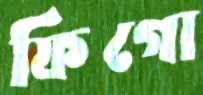
ফিগো